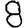
Digit: 8